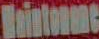
Maintenanc